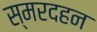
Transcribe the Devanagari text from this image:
स्मरदहन